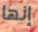
إنها